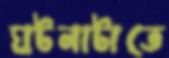
ঘটনাটাতে